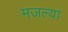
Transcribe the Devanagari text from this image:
मजल्या